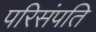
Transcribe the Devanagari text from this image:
परिसंपति